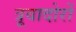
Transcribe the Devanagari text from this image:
त्रूवादोरों